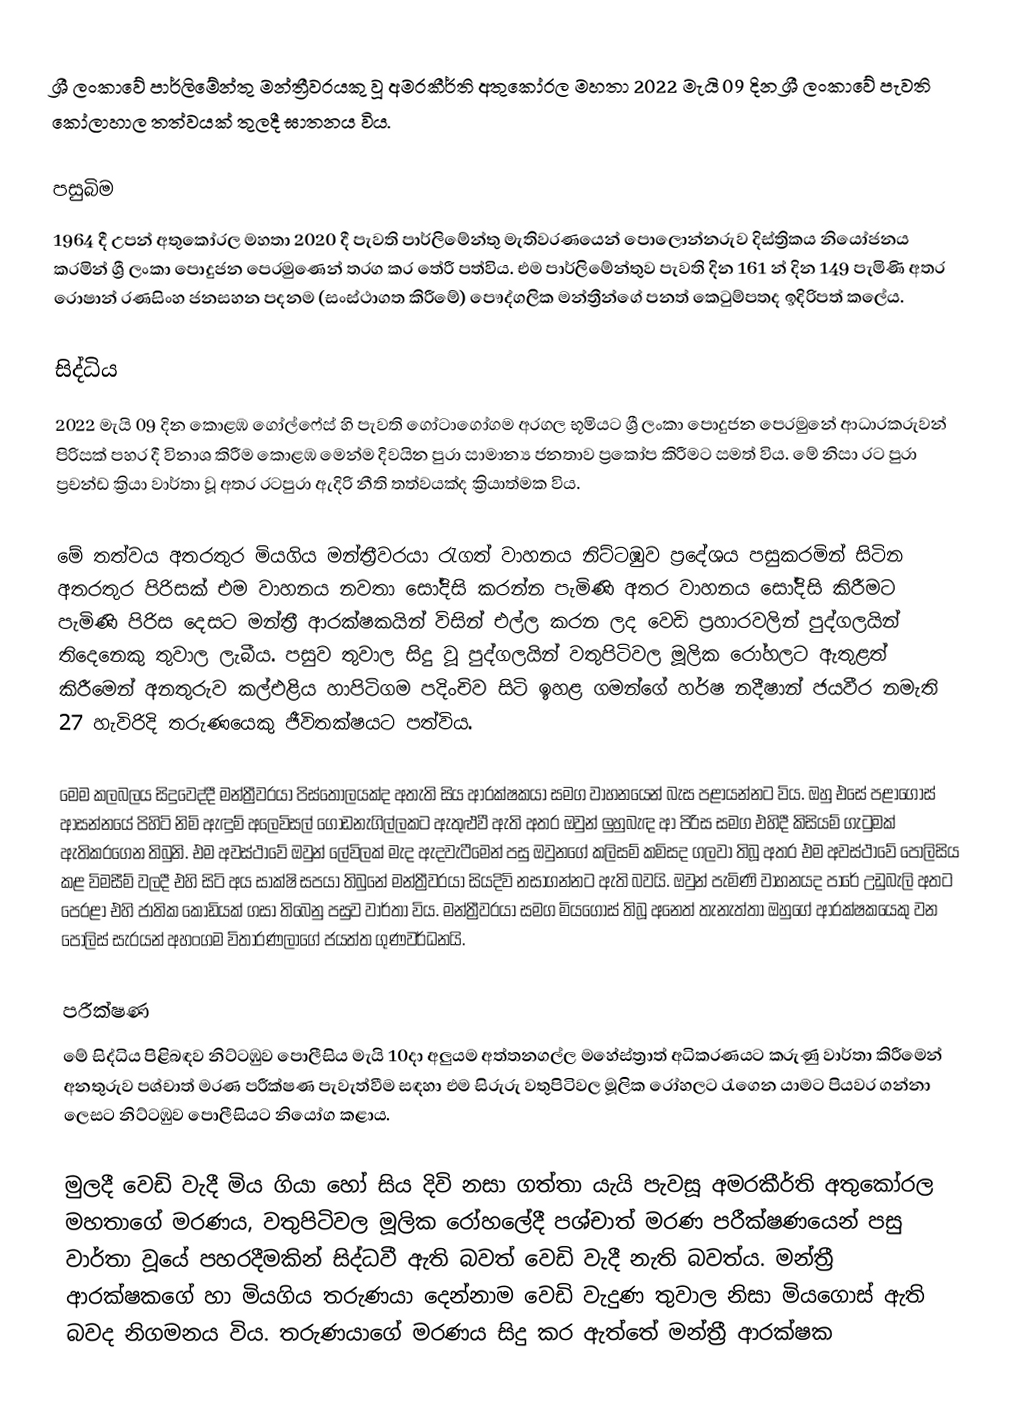
ශ්‍රී ලංකාවේ පාර්ලිමේන්තු මන්ත්‍රීවරයකු වූ අමරකීර්ති අතුකෝරල මහතා 2022 මැයි 09 දින ශ්‍රී ලංකාවේ පැවති කෝලාහාල තත්වයක් තුලදී ඝාතනය විය.

පසුබිම
1964 දී උපන් අතුකෝරල මහතා 2020 දී පැවති පාර්ලිමේන්තු මැතිවරණයෙන් පොලොන්නරුව දිස්ත්‍රිකය නියෝජනය කරමින් ශ්‍රී ලංකා පොදුජන පෙරමුණෙන් තරග කර තේරී පත්විය. එම පාර්ලිමේන්තුව පැවති දින 161 න් දින 149 පැමිණි අතර රොෂාන් රණසිංහ ජනසහන පදනම (සංස්ථාගත කිරීමේ)  පෞද්ගලික මන්ත්‍රීන්ගේ පනත් කෙටුම්පතද ඉදිරිපත් කලේය.

සිද්ධිය
2022 මැයි 09 දින කොළඹ ගෝල්ෆේස් හි පැවති ගෝටාගෝගම අරගල භූමියට ශ්‍රී ලංකා පොදුජන පෙරමුනේ ආධාරකරුවන් පිරිසක් පහර දී විනාශ කිරීම කොළඹ මෙන්ම දිවයින පුරා සාමාන්‍ය ජනතාව ප්‍රකෝප කිරීමට සමත් විය. මේ නිසා රට පුරා ප්‍රචන්ඩ ක්‍රියා වාර්තා වූ අතර රටපුරා ඇදිරි නීති තත්වයක්ද ක්‍රියාත්මක විය.

මේ තත්වය අතරතුර මියගිය මන්ත්‍රීවරයා රැගත් වාහනය නිට්ටඹුව ප්‍රදේශය පසුකරමින් සිටින අතරතුර පිරිසක් එම වාහනය නවතා සෝදිසි කරන්න පැමිණි අතර වාහනය සෝදිසි කිරීමට පැමිණි පිරිස දෙසට මන්ත්‍රී ආරක්ෂකයින් විසින් එල්ල කරන ලද වෙඩි ප්‍රහාරවලින් පුද්ගලයින් තිදෙනෙකු තුවාල ලැබීය. පසුව තුවාල සිදු වූ පුද්ගලයින් වතුපිටිවල මූලික රෝහලට ඇතුළත් කිරීමෙන් අනතුරුව කල්එළිය හාපිටිගම පදිංචිව සිටි ඉහළ ගමන්ගේ හර්ෂ නදීෂාන් ජයවීර  නමැති 27 හැවිරිදි තරුණයෙකු ජීවිතක්ෂයට පත්විය.

මෙම කලබලය සිදුවෙද්දී මන්ත්‍රීවරයා පිස්තෝලයක්ද අතැති සිය ආරක්ෂකයා සමග වාහනයෙන් බැස පළායන්නට විය. ඔහු එසේ පළාගොස් ආසන්නයේ පිහිටි නිමි ඇඳුම් අලෙවිසල් ගොඩනැගිල්ලකට ඇතුළුවී ඇති අතර ඔවුන් ලුහුබැඳ ආ පිරිස සමග එහිදී කිසියම් ගැටුමක් ඇතිකරගෙන තිබුනි. එම අවස්ථාවේ ඔවුන් ලේවිලක් මැද ඇදවැටීමෙන් පසු ඔවුනගේ කලිසම් කමිසද ගලවා තිබූ අතර එම අවස්ථාවේ පොලිසිය කළ විමසීම් වලදී එහි සිටි අය සාක්ෂි සපයා තිබුනේ මන්ත්‍රීවරයා සියදිවි නසාගන්නට ඇති බවයි. ඔවුන් පැමිණි වාහනයද පාරේ උඩුබැලි අතට පෙරළා එහි ජාතික කොඩියක් ගසා තිබෙනු පසුව වාර්තා විය. මන්ත්‍රීවරයා සමග මියගොස් තිබූ අනෙත් තැනැත්තා ඔහුගේ ආරක්ෂකයෙකු වන පොලිස් සැරයන් අහංගම විතාරණලාගේ ජයත්ත ගුණවර්ධනයි.

පරීක්ෂණ
මේ සිද්ධිය පිළිබඳව නිට්ටඹුව පොලීසිය මැයි 10දා අලුයම අත්තනගල්ල මහේස්ත්‍රාත් අධිකරණයට කරුණු වාර්තා කිරීමෙන් අනතුරුව පශ්චාත් මරණ පරීක්ෂණ පැවැත්වීම සඳහා එම සිරුරු වතුපිටිවල මූලික රෝහලට රැගෙන යාමට පියවර ගන්නා ලෙසට නිට්ටඹුව පොලීසියට නියෝග කළාය.

මුලදී වෙඩි වැදී මිය ගියා හෝ සිය දිවි නසා ගත්තා යැයි පැවසූ අමරකීර්ති අතුකෝරල මහතාගේ මරණය, වතුපිටිවල මූලික රෝහලේදී පශ්චාත් මරණ පරීක්ෂණයෙන් පසු වාර්තා වූයේ පහරදීමකින් සිද්ධවී ඇති බවත් වෙඩි වැදී නැති බවත්ය. මන්ත්‍රී ආරක්ෂකගේ හා මියගිය තරුණයා දෙන්නාම වෙඩි වැදුණ තුවාල නිසා මියගොස් ඇති බවද නිගමනය විය. තරුණයාගේ මරණය සිදු කර ඇත්තේ මන්ත්‍රී ආරක්ෂක